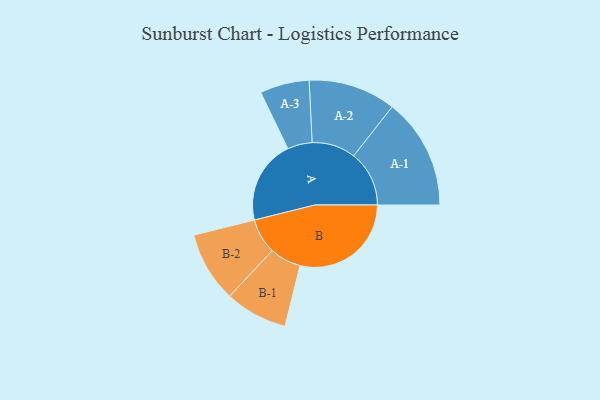
{"axis": {"x": "Segment", "y": "Value"}, "legend": ["", "A", "B"], "data": [{"x": "A", "y": 356, "type": ""}, {"x": "B", "y": 473, "type": ""}, {"x": "A-1", "y": 236, "type": "A"}, {"x": "A-2", "y": 186, "type": "A"}, {"x": "A-3", "y": 105, "type": "A"}, {"x": "B-1", "y": 133, "type": "B"}, {"x": "B-2", "y": 150, "type": "B"}]}